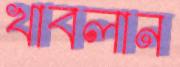
খাবলান